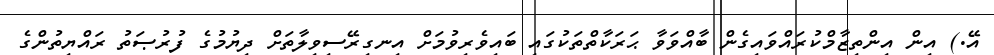
އޭ.) އިން އިންތިޒާމްކުރައްވައިގެން ބާއްވަވާ ޙަރަކާތްތަކުގައި ބައިވެރިވުމަށް އިނގިރޭސިވިލާތަށް ދިޔުމުގެ ފުރުޞަތު ރައްޔިތުންގެ